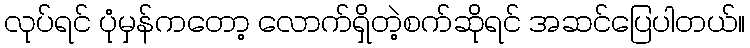
လုပ်ရင် ပုံမှန်ကတော့ လောက်ရှိတဲ့စက်ဆိုရင် အဆင်ပြေပါတယ်။